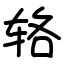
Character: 辂